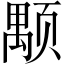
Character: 颙